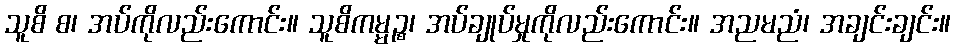
သူစိ စ၊ အပ်ကိုလည်းကောင်း။ သူစိကမ္မဉ္စ၊ အပ်ချုပ်မှုကိုလည်းကောင်း။ အညမညံ၊ အချင်းချင်း။